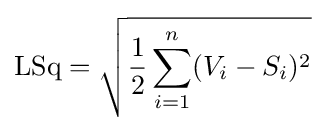
\mathrm {LSq} ={\sqrt {{\frac {1}{2}}\sum _{i=1}^{n}(V_{i}-S_{i})^{2}}}